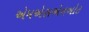
એમએસએનબોટ